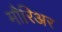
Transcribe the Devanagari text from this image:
मौरिअर